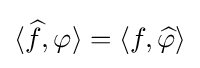
\langle {\widehat {f}},\varphi \rangle =\langle f,{\widehat {\varphi }}\rangle